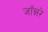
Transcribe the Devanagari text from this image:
जॉन्नरे